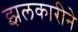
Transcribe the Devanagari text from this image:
झलकारीने